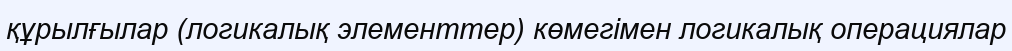
құрылғылар (логикалық элементтер) көмегімен логикалық операциялар